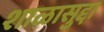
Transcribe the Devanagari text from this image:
शाळासुद्दा